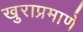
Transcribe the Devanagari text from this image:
खुराप्रमाणे